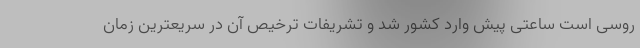
روسی است ساعتی پیش وارد کشور شد و تشریفات ترخیص آن در سریعترین زمان